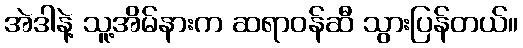
အဲဒါနဲ့ သူ့အိမ်နားက ဆရာဝန်ဆီ သွားပြန်တယ်။